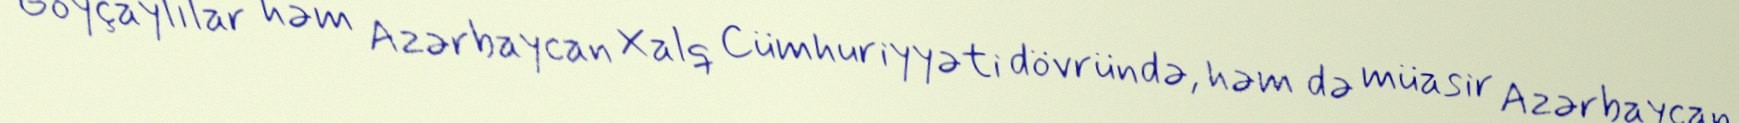
Göyçaylılar həm Azərbaycan Xalq Cümhuriyyəti dövründə, həm də müasir Azərbaycan